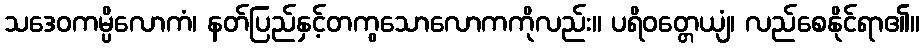
သဒေဝကမ္ပိလောကံ၊ နတ်ပြည်နှင့်တကွသောလောကကိုလည်း။ ပရိဝတ္တေယျံ၊ လည်စေနိုင်ရာ၏။